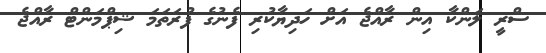
ސްރީ ލަންކާ އިން ރާއްޖެ އަށް ހަދިޔާކުރި ފެނުގެ ފުރަތަމަ ޝިޕްމަންޓް ރާއްޖެ